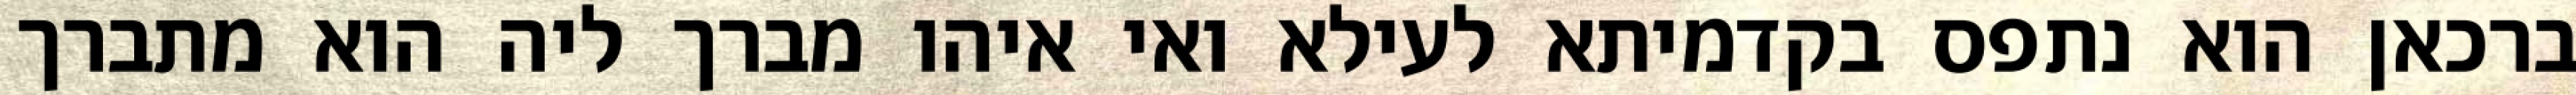
ברכאן הוא נתפס בקדמיתא לעילא ואי איהו מברך ליה הוא מתברך